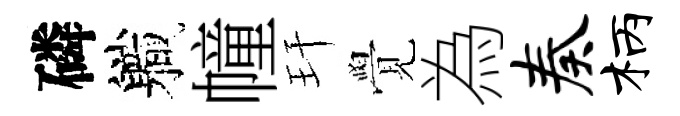
磷軄幢玕覺為奏柄